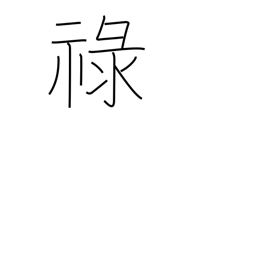
Meaning: allowance